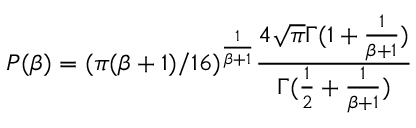
P ( \beta ) = ( \pi ( \beta + 1 ) / 1 6 ) ^ { \frac { 1 } { \beta + 1 } } \frac { 4 \sqrt { \pi } \Gamma ( 1 + \frac { 1 } { \beta + 1 } ) } { \Gamma ( \frac { 1 } { 2 } + \frac { 1 } { \beta + 1 } ) }